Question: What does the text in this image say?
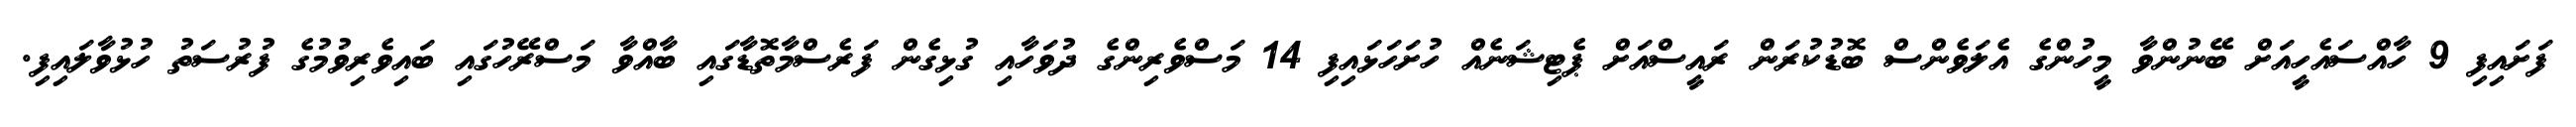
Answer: ފަށައިފި 9 ހާއްސައެހީއަށް ބޭނުންވާ މީހުންގެ އެލަވެންސް ބޮޑުކުރަން ރައީސްއަށް ޕެޓިޝަނެއް ހުށަހަޅައިފި 14 މަސްވެރިންގެ ދުވަހާއި ގުޅިގެން ފަރެސްމާތޮޑާގައި ބާއްވާ މަސްރޭހުގައި ބައިވެރިވުމުގެ ފުރުސަތު ހުޅުވާލައިފި.